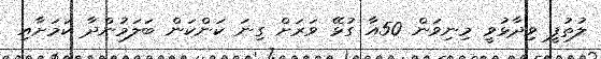
ލުތުފީ ވިދާޅުވީ މިނިވަން 50އާ ގުޅޭ ވަރަށް ގިނަ ކަންކަން ބަލަމުންދާ ކަމަށާއި